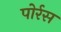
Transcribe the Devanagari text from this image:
पोर्रस